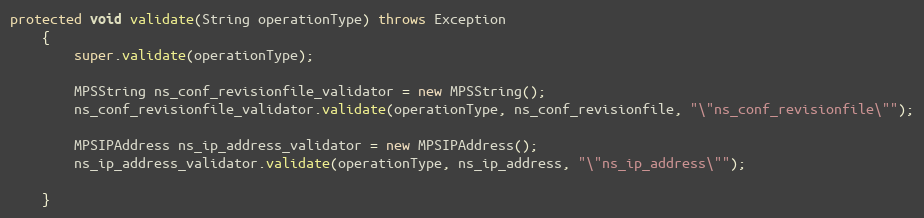
Language: Java
protected void validate(String operationType) throws Exception
	{
		super.validate(operationType);

		MPSString ns_conf_revisionfile_validator = new MPSString();
		ns_conf_revisionfile_validator.validate(operationType, ns_conf_revisionfile, "\"ns_conf_revisionfile\"");

		MPSIPAddress ns_ip_address_validator = new MPSIPAddress();
		ns_ip_address_validator.validate(operationType, ns_ip_address, "\"ns_ip_address\"");

	}